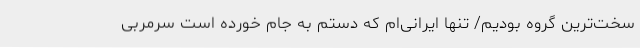
سخت‌ترین گروه بودیم/ تنها ایرانی‌ام که دستم به جام خورده است سرمربی